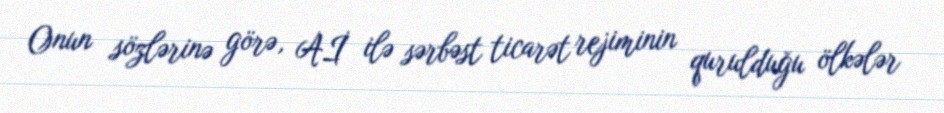
Onun sözlərinə görə, Aİ ilə sərbəst ticarət rejiminin qurulduğu ölkələr